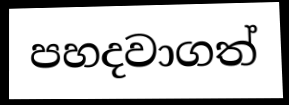
පහදවාගත්